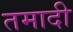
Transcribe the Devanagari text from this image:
तमादी